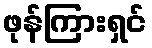
ဖုန်ကြားရှင်